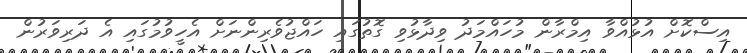
އިސްކޮށް އުޅުއްވާ އިމްރާން މުހައްމަދު ވިދާޅުވި ގޮތުގައި ހައްޖުވެރިންނަށް އެހީވުމުގައި އެ ދަރިވަރުން